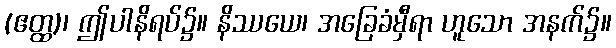
(ဧတ္ထ)၊ ဤပါနိရပ်၌။ နိဿယေ၊ အခြေခံမှီရာ ဟူသော အနက်၌။